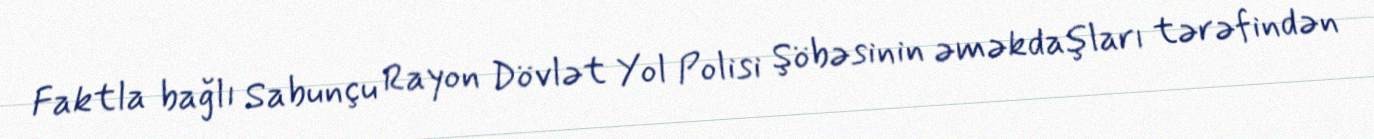
Faktla bağlı Sabunçu Rayon Dövlət Yol Polisi Şöbəsinin əməkdaşları tərəfindən